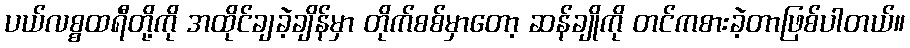
ပယ်လစ္စထရီတို့ကို အထိုင်ချခဲ့ချိန်မှာ တိုက်စစ်မှာတော့ ဆန်ချိုကို တင်ကစားခဲ့တာဖြစ်ပါတယ်။